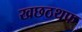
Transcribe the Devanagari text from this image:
खछठथफ